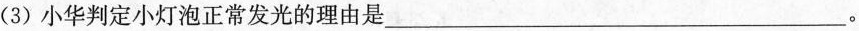
(3)小华判定小灯泡正常发光的理由是___。